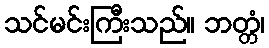
သင်မင်းကြီးသည်။ ဘတ္တံ၊